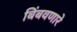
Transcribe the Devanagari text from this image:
बिंबवणारे